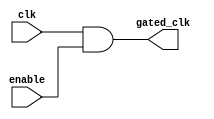
module clock_gating (
    input wire clk,          // Primary clock input
    input wire enable,       // Enable signal
    output wire gated_clk    // Gated clock output
);

// AND gate for clock gating
assign gated_clk = clk & enable; // Gated clock follows clk when enable is high

endmodule